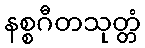
နစ္စဂီတသုတ္တံ